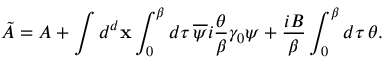
\tilde { A } = A + \int d ^ { d } { \bf x } \int _ { 0 } ^ { \beta } d \tau { \, } \overline { { { \psi } } } i \frac { \theta } { \beta } \gamma _ { 0 } \psi + \frac { i B } { \beta } \int _ { 0 } ^ { \beta } d \tau { \, } \theta .